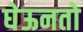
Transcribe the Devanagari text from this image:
घेऊनतो